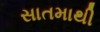
સાતમાથી